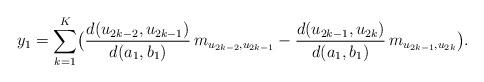
LaTeX: \begin{align*}y_1&=\sum_{k=1}^{K} \bigl(\frac{d(u_{2k-2},u_{2k-1})}{d(a_1,b_1)}\,m_{u_{2k-2},u_{2k-1}}-\frac{d(u_{2k-1},u_{2k})}{d(a_1,b_1)}\,m_{u_{2k-1},u_{2k}}\bigr).\end{align*}